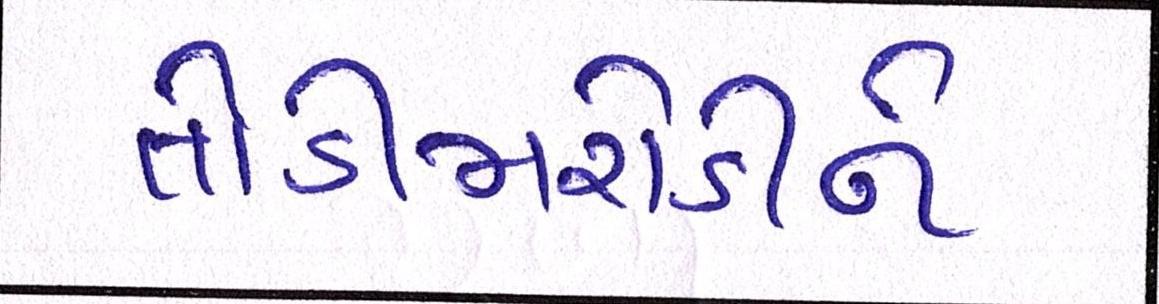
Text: તોડીમરોડીને